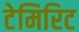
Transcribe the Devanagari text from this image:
टेमिरिट